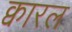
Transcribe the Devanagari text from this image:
क्वारल